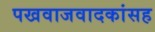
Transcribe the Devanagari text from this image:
पखवाजवादकांसह